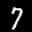
Label: 7